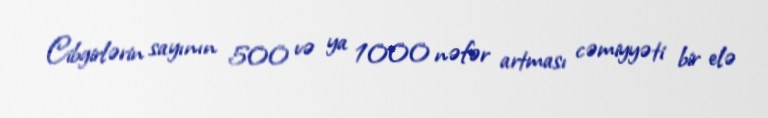
Cibgirlərin sayının 500 və ya 1000 nəfər artması cəmiyyəti bir elə